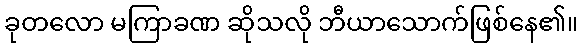
ခုတလော မကြာခဏ ဆိုသလို ဘီယာသောက်ဖြစ်နေ၏။